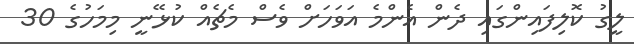
ލީގު ކޮލިފައިންގައި ދެން އެންމެ އަވަހަށް ވެސް މެޗެއް ކުޅޭނީ މިމަހުގެ 30